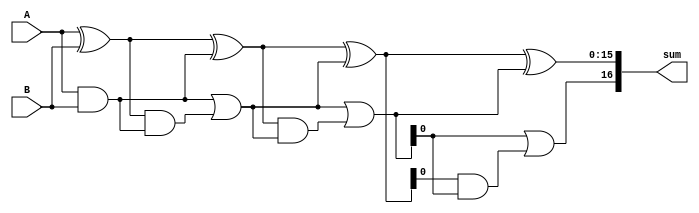
module kogge_stone_adder(
    input [15:0] A,
    input [15:0] B,
    output [16:0] sum
);

wire [15:0] psum[3:0];
wire [15:0] pcarry[3:0];

assign psum[0] = A ^ B;
assign pcarry[0] = A & B;

assign psum[1] = psum[0] ^ {16{pcarry[0]}};
assign pcarry[1] = pcarry[0] | (psum[0] & {16{pcarry[0]}});

assign psum[2] = psum[1] ^ {32{pcarry[1]}};
assign pcarry[2] = pcarry[1] | (psum[1] & {32{pcarry[1]}});

assign psum[3] = psum[2] ^ {64{pcarry[2]}};
assign pcarry[3] = pcarry[2] | (psum[2] & {64{pcarry[2]}});

assign sum = {pcarry[3], psum[3]};

endmodule